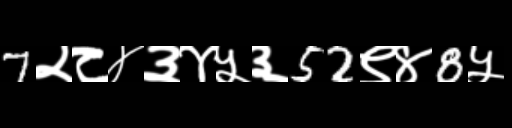
Text: 7२८४३४५३52९४8५